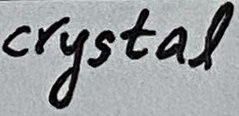
Text: crystal